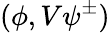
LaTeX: (\phi,V\psi^{\pm})